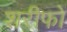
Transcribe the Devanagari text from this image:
शरीफों